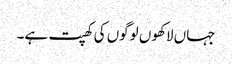
جہاں لاکھوں لوگوں کی کھپت ہے۔